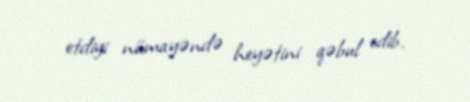
etdiyi nümayəndə heyətini qəbul edib.